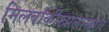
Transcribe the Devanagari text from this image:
मिलवॉकीखालोखाल